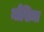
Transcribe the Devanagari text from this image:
मौसिमा